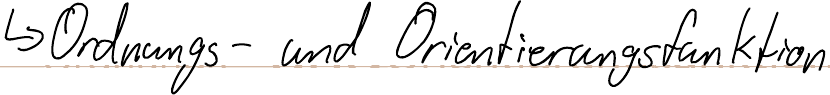
-> Ordnungs- und Orientierungsfunktion